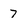
Character: 7